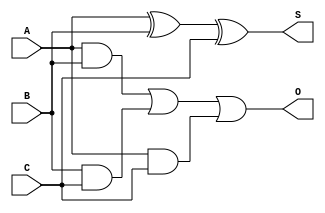
module fa(output S,O, input A,B,C);
  wire t1,t2,t3;
  and(t1,A,B),(t2,B,C),(t3,A,C);
  xor(S,A,B,C);
  or(O,t1,t2,t3);
endmodule

module new;
  reg A,B,C;
  wire S,O;
  fa instance0(S,O,A,B,C);
  initial begin
    $dumpfile("fulladder.vcd");
    $dumpvars(1);
    $display("Full Adder \nA B C     S O");
    $monitor(A," ", B, " ", C, "     ",S," ",O);
    A=0;B=0;C=0;
    #1; A=0;B=0;C=1;
    #1; A=0;B=1;C=0;
    #1; A=0;B=1;C=1;
    #1; A=1;B=0;C=0;
    #1; A=1;B=0;C=1;
    #1; A=1;B=1;C=0;
    #1; A=1;B=1;C=1;
    #1;
  end 
endmodule